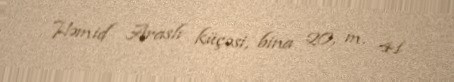
Həmid Araslı küçəsi, bina 20, m. 41